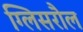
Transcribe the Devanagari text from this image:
ग्लिसरौल